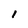
Character: 1